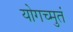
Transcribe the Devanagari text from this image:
योगच्मुतं